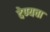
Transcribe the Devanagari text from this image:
देण्यचा